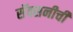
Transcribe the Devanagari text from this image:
सॅक्सनीची